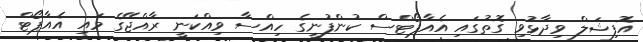
އޮފިޝަލް ވިދާޅުވި ގޮތުގައި އެއާޕޯޓްސް ކުންފުނީގެ ހިއްސާ ވިއްކަނީ ރާއްޖޭގެ މައި އެއާޕޯޓް